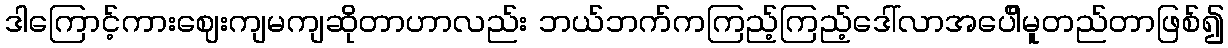
ဒါကြောင့်ကားဈေးကျမကျဆိုတာဟာလည်း ဘယ်ဘက်ကကြည့်ကြည့်ဒေါ်လာအပေါိမူတည်တာဖြစ်၍